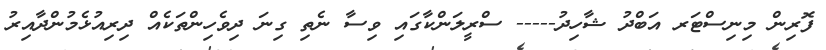
ފޮރިން މިނިސްޓަރ އަބްދު ޝާހިދު----- ސްރީލަންކާގައި ވިސާ ނެތި ގިނަ ދިވެހިންތަކެއް ދިރިއުޅެމުންދާއިރު